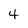
Character: 4